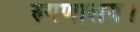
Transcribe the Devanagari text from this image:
रुगणालय।